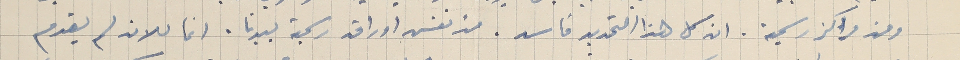
ومن مراكز رسمية. ان كل هذا التحرير فاسد. من نفس اوراق رسمية بيدنا. انما للان لم يقدم